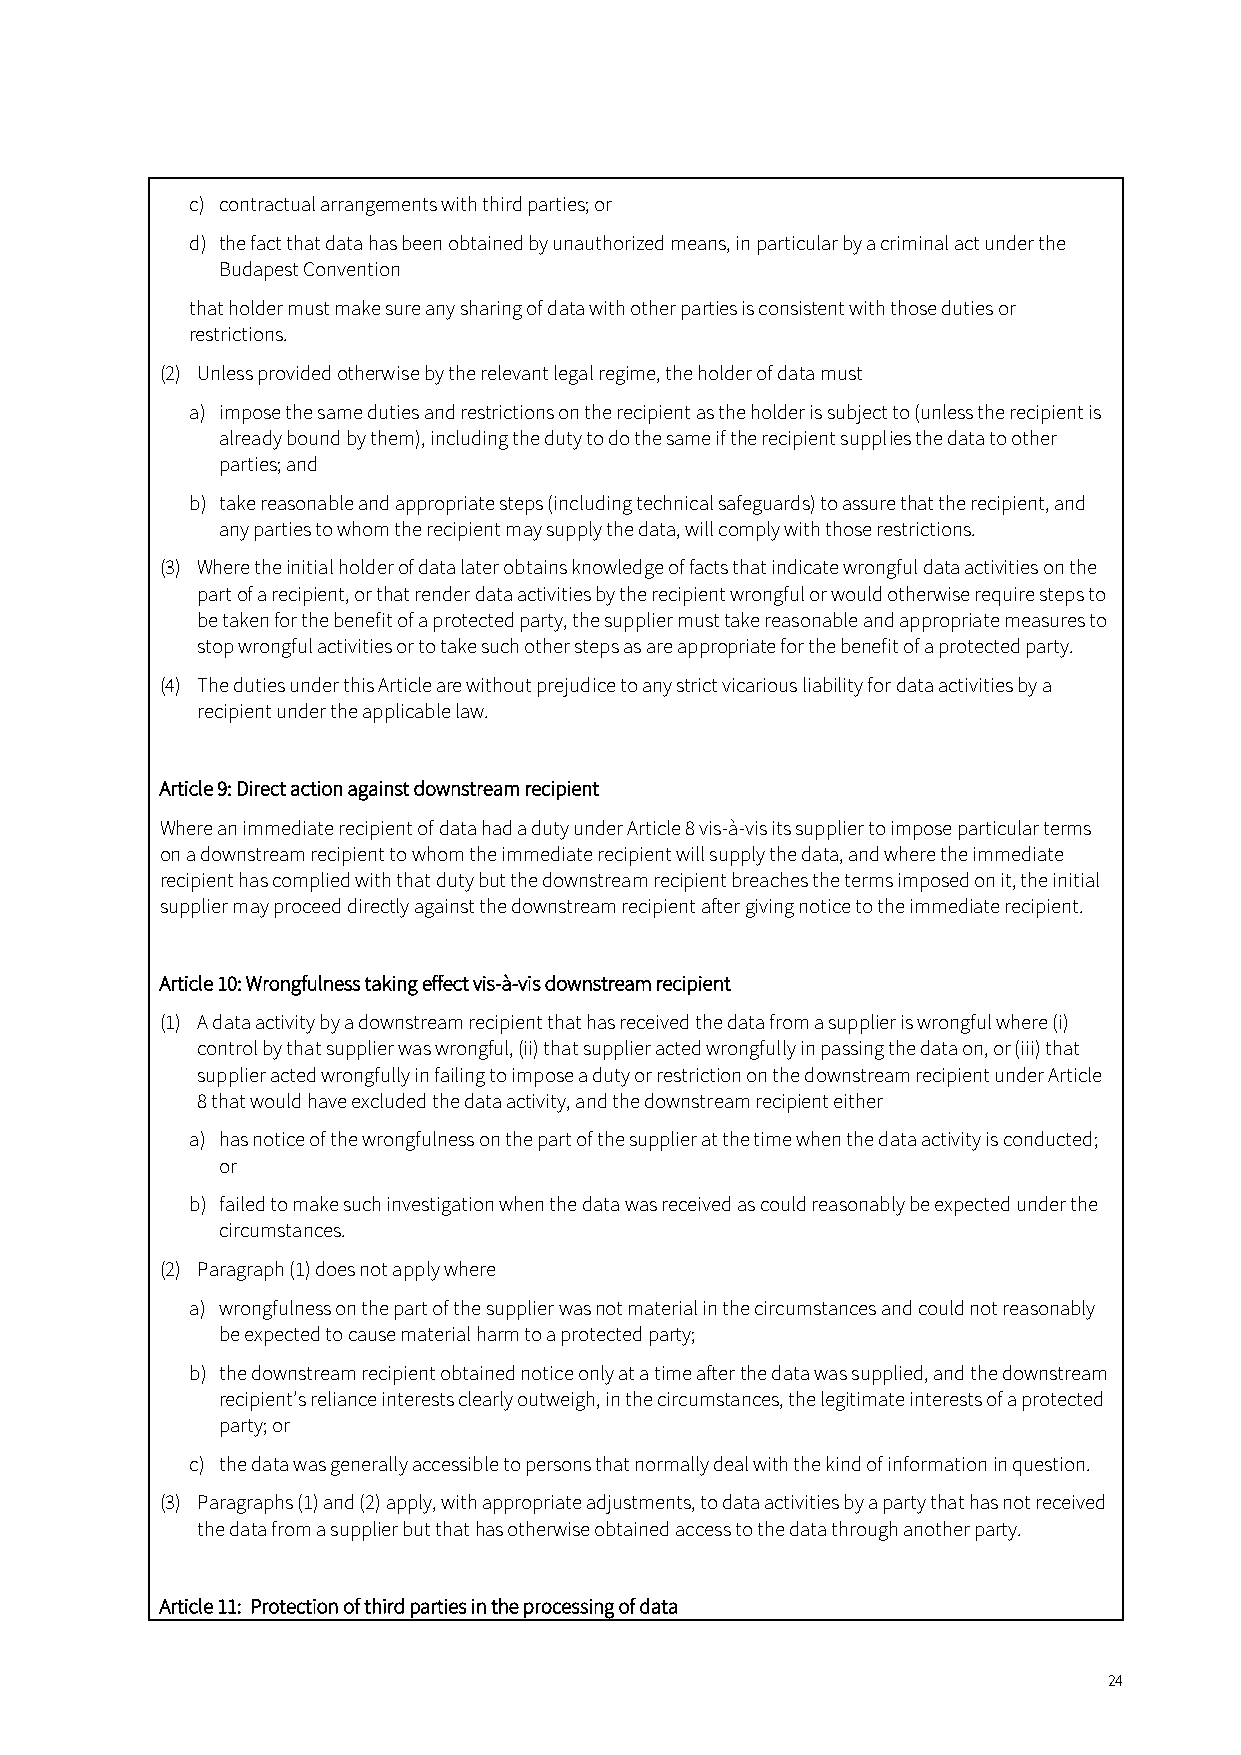
c) contractual arrangements with third parties; or
 d) the fact that data has been obtained by unauthorized means, in particular by a criminal act under the
 Budapest Convention
 that holder must make sure any sharing of data with other parties is consistent with those duties or
 restrictions.
 (2) Unless provided otherwise by the relevant legal regime, the holder of data must
 a) impose the same duties and restrictions on the recipient as the holder is subject to (unless the recipient is
 already bound by them), including the duty to do the same if the recipient supplies the data to other
 parties; and
 b) take reasonable and appropriate steps (including technical safeguards) to assure that the recipient, and
 any parties to whom the recipient may supply the data, will comply with those restrictions.
 (3) Where the initial holder of data later obtains knowledge of facts that indicate wrongful data activities on the
 part of a recipient, or that render data activities by the recipient wrongful or would otherwise require steps to
 be taken for the benefit of a protected party, the supplier must take reasonable and appropriate measures to
 stop wrongful activities or to take such other steps as are appropriate for the benefit of a protected party.
 (4) The duties under this Article are without prejudice to any strict vicarious liability for data activities by a
 recipient under the applicable law.
 Article 9: Direct action against downstream recipient
 Where an immediate recipient of data had a duty under Article 8 vis-à-vis its supplier to impose particular terms
 on a downstream recipient to whom the immediate recipient will supply the data, and where the immediate
 recipient has complied with that duty but the downstream recipient breaches the terms imposed on it, the initial
 supplier may proceed directly against the downstream recipient after giving notice to the immediate recipient.
 Article 10: Wrongfulness taking effect vis-à-vis downstream recipient
 (1) A data activity by a downstream recipient that has received the data from a supplier is wrongful where (i)
 control by that supplier was wrongful, (ii) that supplier acted wrongfully in passing the data on, or (iii) that
 supplier acted wrongfully in failing to impose a duty or restriction on the downstream recipient under Article
 8 that would have excluded the data activity, and the downstream recipient either
 a) has notice of the wrongfulness on the part of the supplier at the time when the data activity is conducted;
 or
 b) failed to make such investigation when the data was received as could reasonably be expected under the
 circumstances.
 (2) Paragraph (1) does not apply where
 a) wrongfulness on the part of the supplier was not material in the circumstances and could not reasonably
 be expected to cause material harm to a protected party;
 b) the downstream recipient obtained notice only at a time after the data was supplied, and the downstream
 recipient’s reliance interests clearly outweigh, in the circumstances, the legitimate interests of a protected
 party; or
 c) the data was generally accessible to persons that normally deal with the kind of information in question.
 (3) Paragraphs (1) and (2) apply, with appropriate adjustments, to data activities by a party that has not received
 the data from a supplier but that has otherwise obtained access to the data through another party.
 Article 11: Protection of third parties in the processing of data
 24